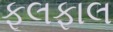
ફૂલફાલ